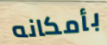
بأمكانه